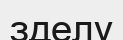
зделу